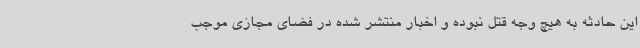
این حادثه به هیچ وجه قتل نبوده و اخبار منتشر شده در فضای مجازی موجب